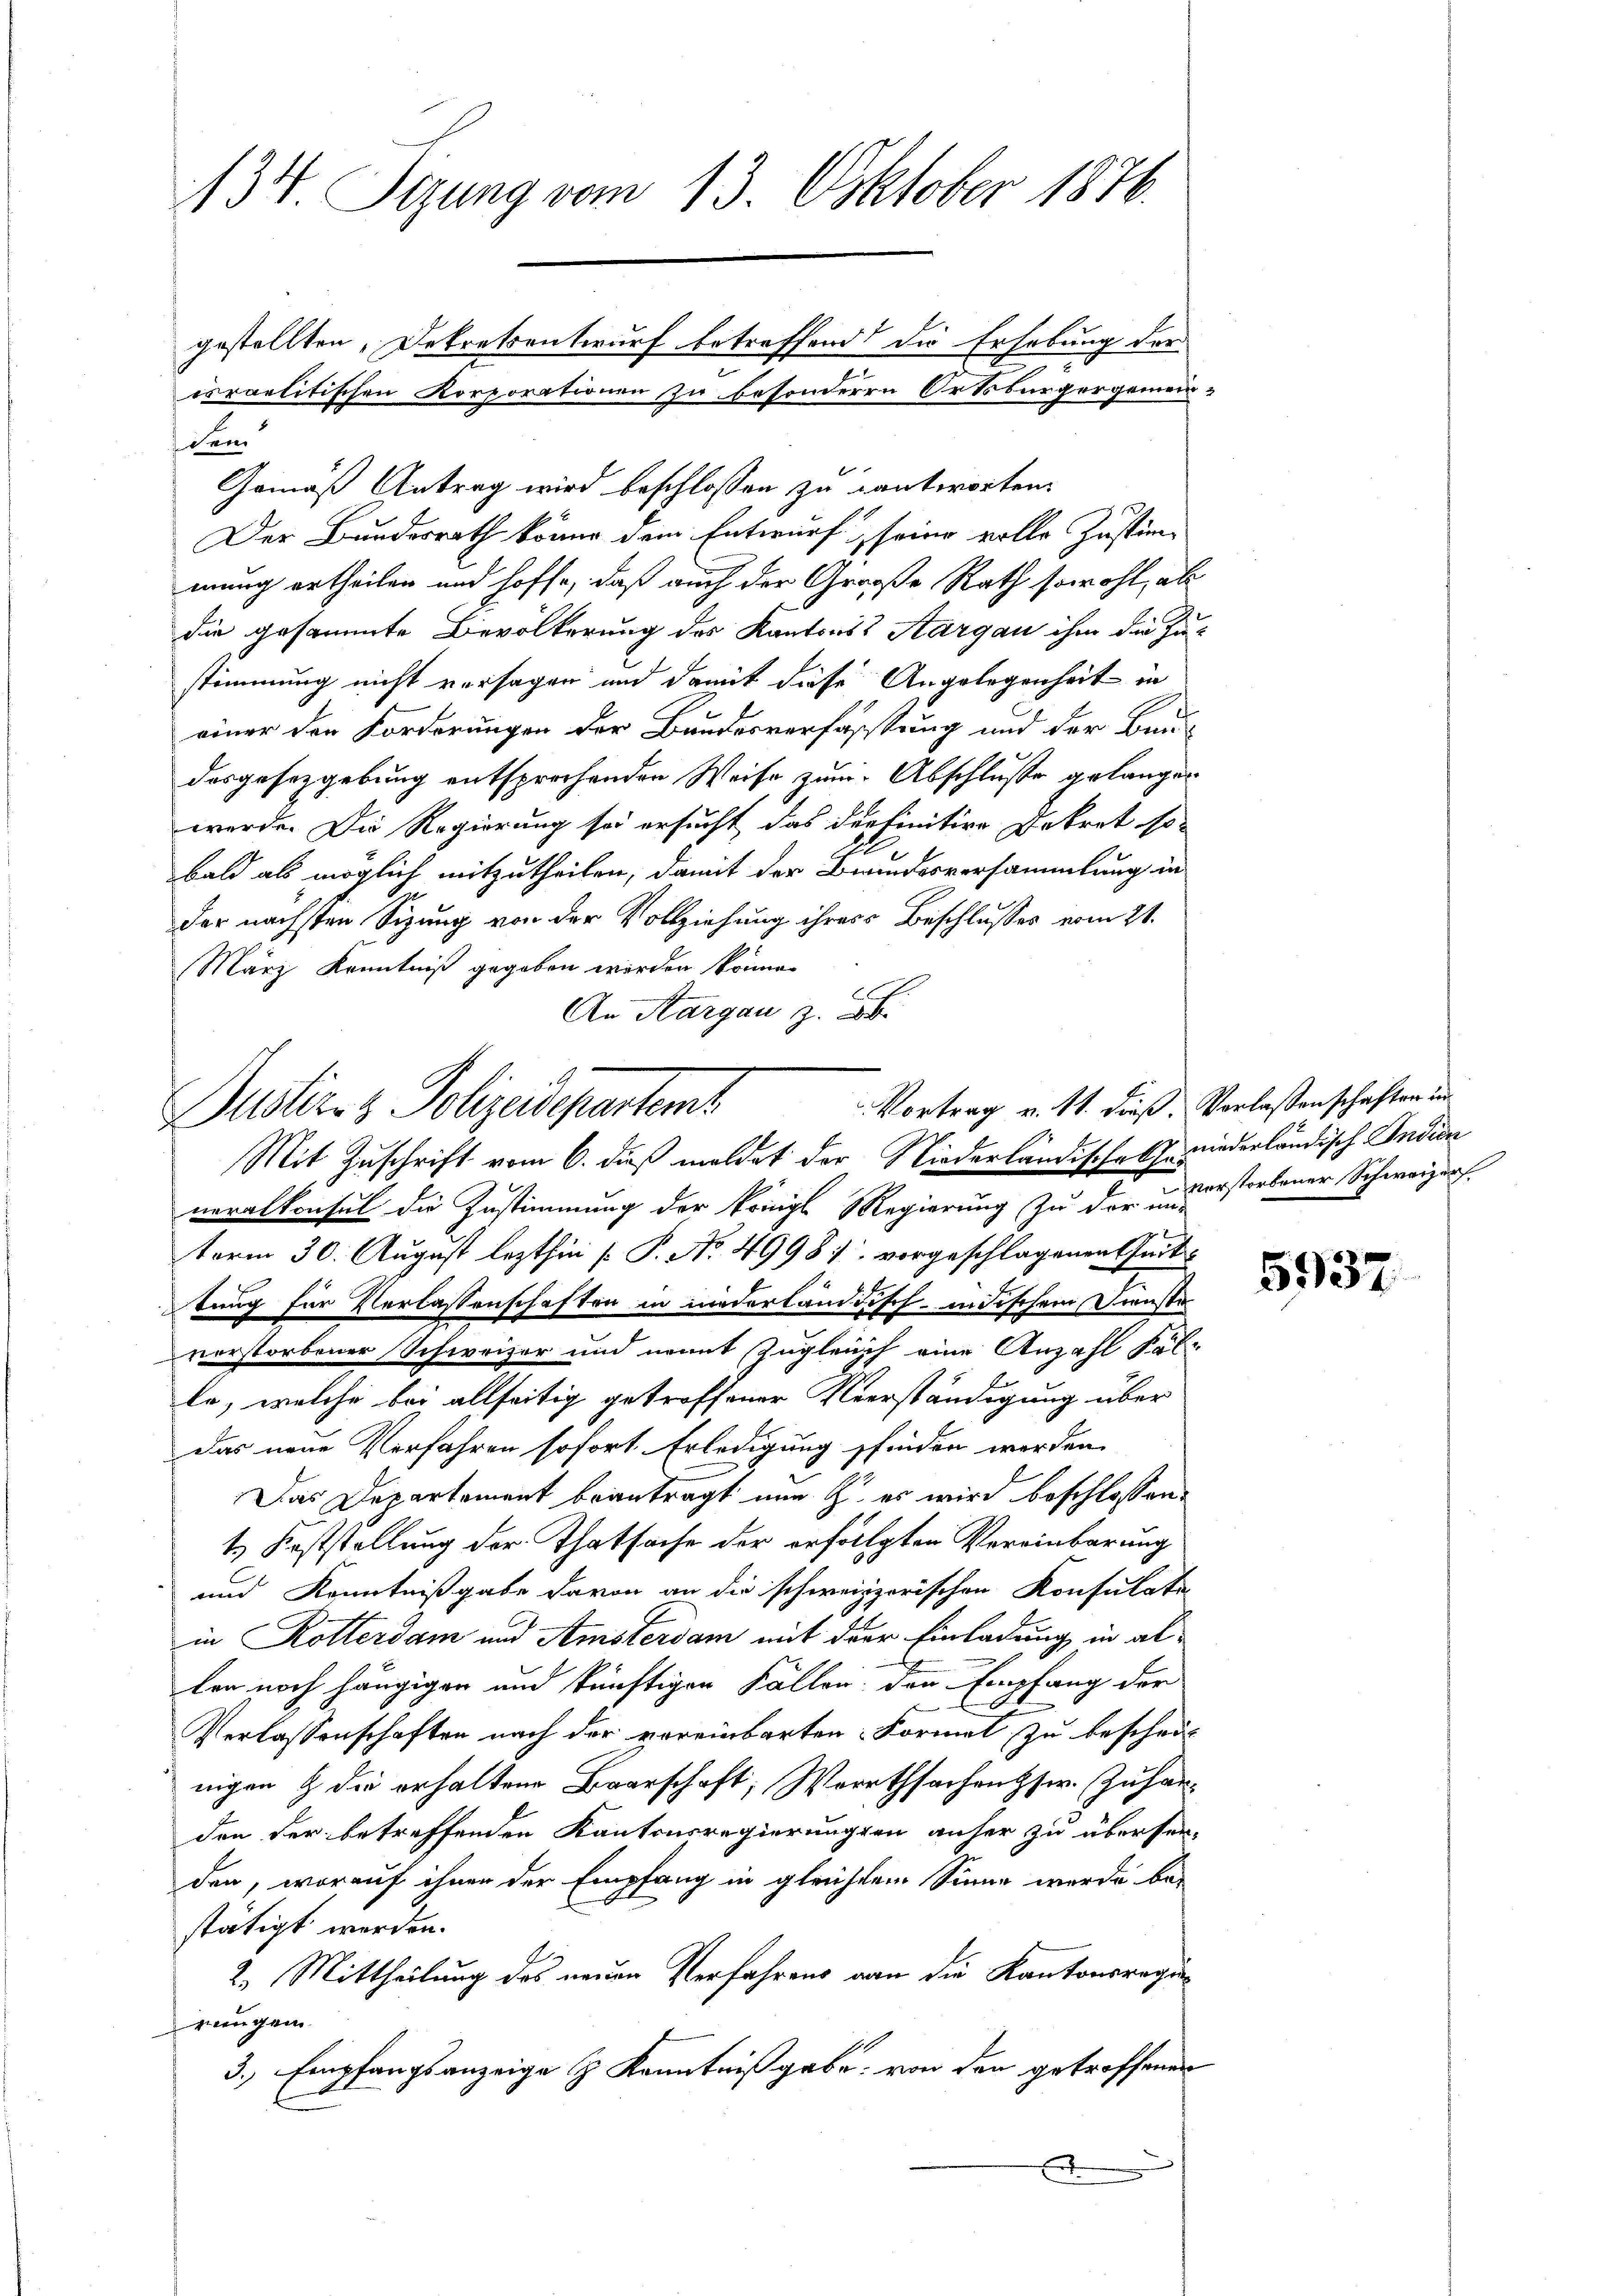
134. Sizung vom 13. Oktober 1874.
gestellten, Dekretsentwurf betreffend die Erhebung der
irraelitischen Korporationen zu besonderen Ortsbürgergemein
den

Gemäß Antrag wird beschlossen zu kantworten.
Der Bundesrath könne dem Entwurf, seine volle Zustimmung ertheilen und hoffe, daß auch der Große Rath sowohl, als
die gesammte Bevölkerung des Kantons Aargau ihm die Zustimmung nicht versagen und damit diese Angelegenheit in
einer den Forderungen der Bundesverfassung und der Baudesgesetzgebung entsprechenden Weise zum Abschlusse gelangen
werde. Die Regierung sei ersucht das derfinitive Dekret so-
bald als möglich mitzutheilen, damit der Brundesversammlung in
der nächsten Sizung von der Vollziehung ihres Beschlusses vom 21.
März Kenntniß gegeben werden könne.
An Aargau z. B.
neralkonsul die Zustimmung der königl. Regierung zu der Verstorbener Schweizer.
term 30. August lezthin [P. No. 4998/. vorgeschlagenen Zeit-
tung für Verlassenschaften in niederländisch-indischem Dienste
vorstorbener Schweizer und nennt zugleich eine Anzahl Fol-
E
le, welche bei allseitig getroffener Verständigung über
das neue Verfahren sofort Erledigung finden werden.
Das Departement beantragt nun z es wird beschlossen:
1. Feststellung der Thatsache der erfolgten Vereinbarung
und Kenntnißgabe davon an die schweizerischen Konsulate
in Rotterdam und Amstersam mit der Einladung in allen noch hängigen und künftigen Fällen, den Empfang der
Verlassenschaften nach der vereinbarten Formel zu beschrit
nigen & die erhaltene Baarschaft, Woratsachents. Zuhanden der betreffenden Kantonsregierungen anher zu übersen-
den, worauf ihnen der Empfang in gleichtem Sinne werde be-
stätigt werden.
2. Mittheilung des neuen Verfahrens von die Kantonsregiereugen
3., Empfangsanzeige & Kenntnißgabe: von den getroffenen

Vortrag v. 11. dieß. Vorlassenschaften in
Justiz- & Polizeidepartem
Mit Zuschrift vom 6. dieß meldet der Niederländische k. niederländisch Indien

5937.